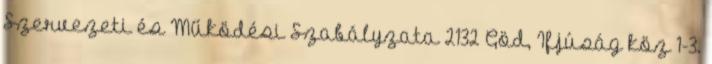
Szervezeti és Működési Szabályzata 2132 Göd, Ifjúság köz 1-3.